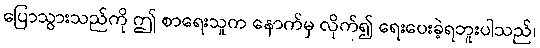
ပြောသွားသည်ကို ဤ စာရေးသူက နောက်မှ လိုက်၍ ရေးပေးခဲ့ရဘူးပါသည်၊